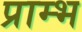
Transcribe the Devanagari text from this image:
प्राम्‍भ